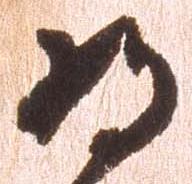
将